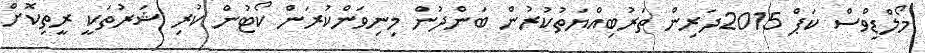
މޯލްޑިވްސް ކަޕް 2015ދަރިން ތަރުބިއްޔަތުކުރުން ބަންދުން މިނިވަންކުރަން ކޯޓުން ކުރި ޝަރުތަކީ ރީތިކޮށް